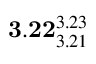
\mathbf { 3 . 2 2 } _ { 3 . 2 1 } ^ { 3 . 2 3 }